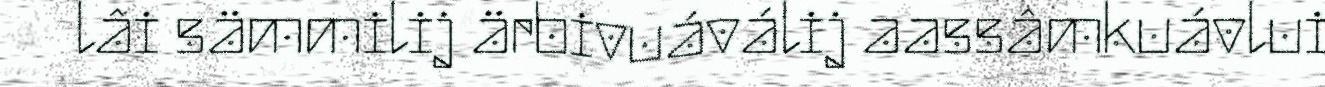
lâi sämmilij ärbivuáválij aassâmkuávlui